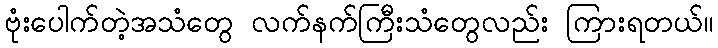
ဗုံးပေါက်တဲ့အသံတွေ လက်နက်ကြီးသံတွေလည်း ကြားရတယ်။